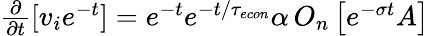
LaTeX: \begin{array}{r}{\frac{\partial}{\partial t}[v_{i}e^{-t}]=e^{-t}e^{-t/{\tau_{econ}}}\alpha\, O_{n}\left[e^{-\sigma t}A\right]}\end{array}